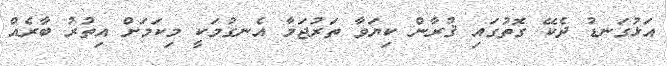
އަޅުގަނޑު ދެކޭ ގޮތުގައި ޤުރާން ކިޔަވާ ތަރުޖަމާ އެނގުމަކީ މިކަމަށް އިތުރު ބާރެއް